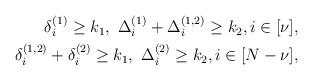
LaTeX: \begin{align*}\begin{aligned}\delta_i^{(1)}\ge k_1, \,\, \Delta_i^{(1)}+\Delta_i^{(1,2)}\ge k_2,i\in [\nu], \\ \delta_i^{(1,2)}+\delta_i^{(2)}\ge k_1,\,\, \Delta_i^{(2)}\ge k_2,i\in [N-\nu], \end{aligned} \end{align*}